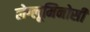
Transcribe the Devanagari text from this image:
लेग्लूमिनोसी